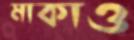
মাকাও